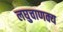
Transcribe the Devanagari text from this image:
लघुचाणक्य